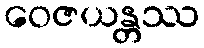
ဝေဇယန္တဿ